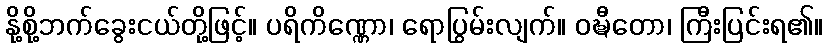
နို့စို့ဘက်ခွေးငယ်တို့ဖြင့်။ ပရိကိဏ္ဏော၊ ရောပြွမ်းလျက်။ ဝဍ္ဎီတော၊ ကြီးပြင်းရ၏။